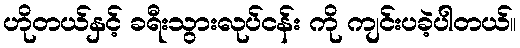
ဟိုတယ်နှင့် ခရီးသွားလုပ်ငန်း ကို ကျင်းပခဲ့ပါတယ်။